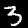
Label: 3